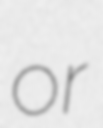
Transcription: or